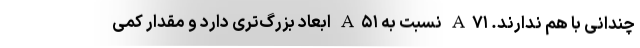
چندانی با هم ندارند. A۷۱ نسبت به A۵۱ ابعاد بزرگ‌تری دارد و مقدار کمی